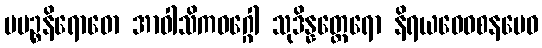
ပပဉ္စနိရောဓော အာဝါသိကဝဂ္ဂေါ သုဒိန္နတ္ထေရော နိရယဝေဝစနမေဝ